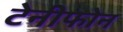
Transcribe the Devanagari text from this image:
टेनीफोन